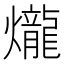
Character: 爖